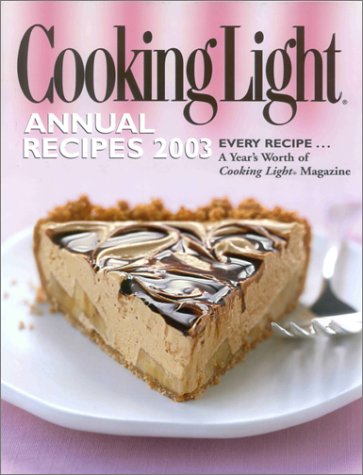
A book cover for Cooking Light Annual Recipes 2003; By the Editors of Cooking Light; Cookbooks, Food & Wine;